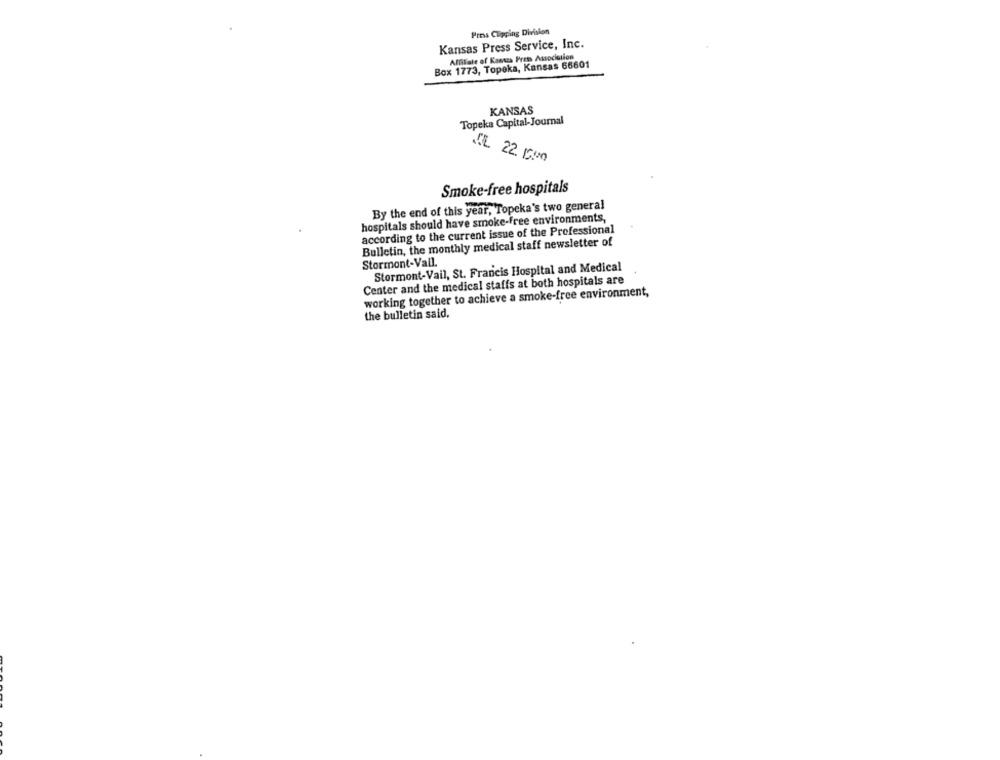
Pros Clipping Division
Kansas Press Service, Inc.
Affilate of Kansas Pren Association
Box 1773, Topeka, Kansas 66601
KANSAS
Topeka Capital-Journal
NL 22. 500
Smoke-free hospitals
By the end of this year, Topeka's two general
hospitals should have smoke-free environments,
according to the current issue of the Professional
Bulletin, the monthly medical staff newsletter of
Stormont-Vall.
Stormont-Vail, St. Francis Hospital and Medical
Center and the medical staffs at both hospitals are
working together to achieve a smoke-free environment,
the bulletin said,